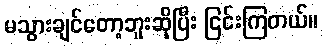
မသွားချင်တော့ဘူးဆိုပြီး ငြင်းကြတယ်။